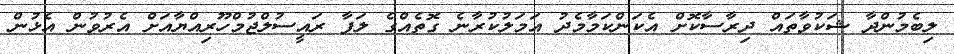
ލިބެމުންދާ ޝަކުވާތައް ދިރާސާކޮށް އެކަންކަމާމެދު އަމަލުކުރާނެ ގޮތެއްގެ ލަފާ ރައީސުލްޖުމްހޫރިއްޔާއަށް އެރުވުން އެޅުން